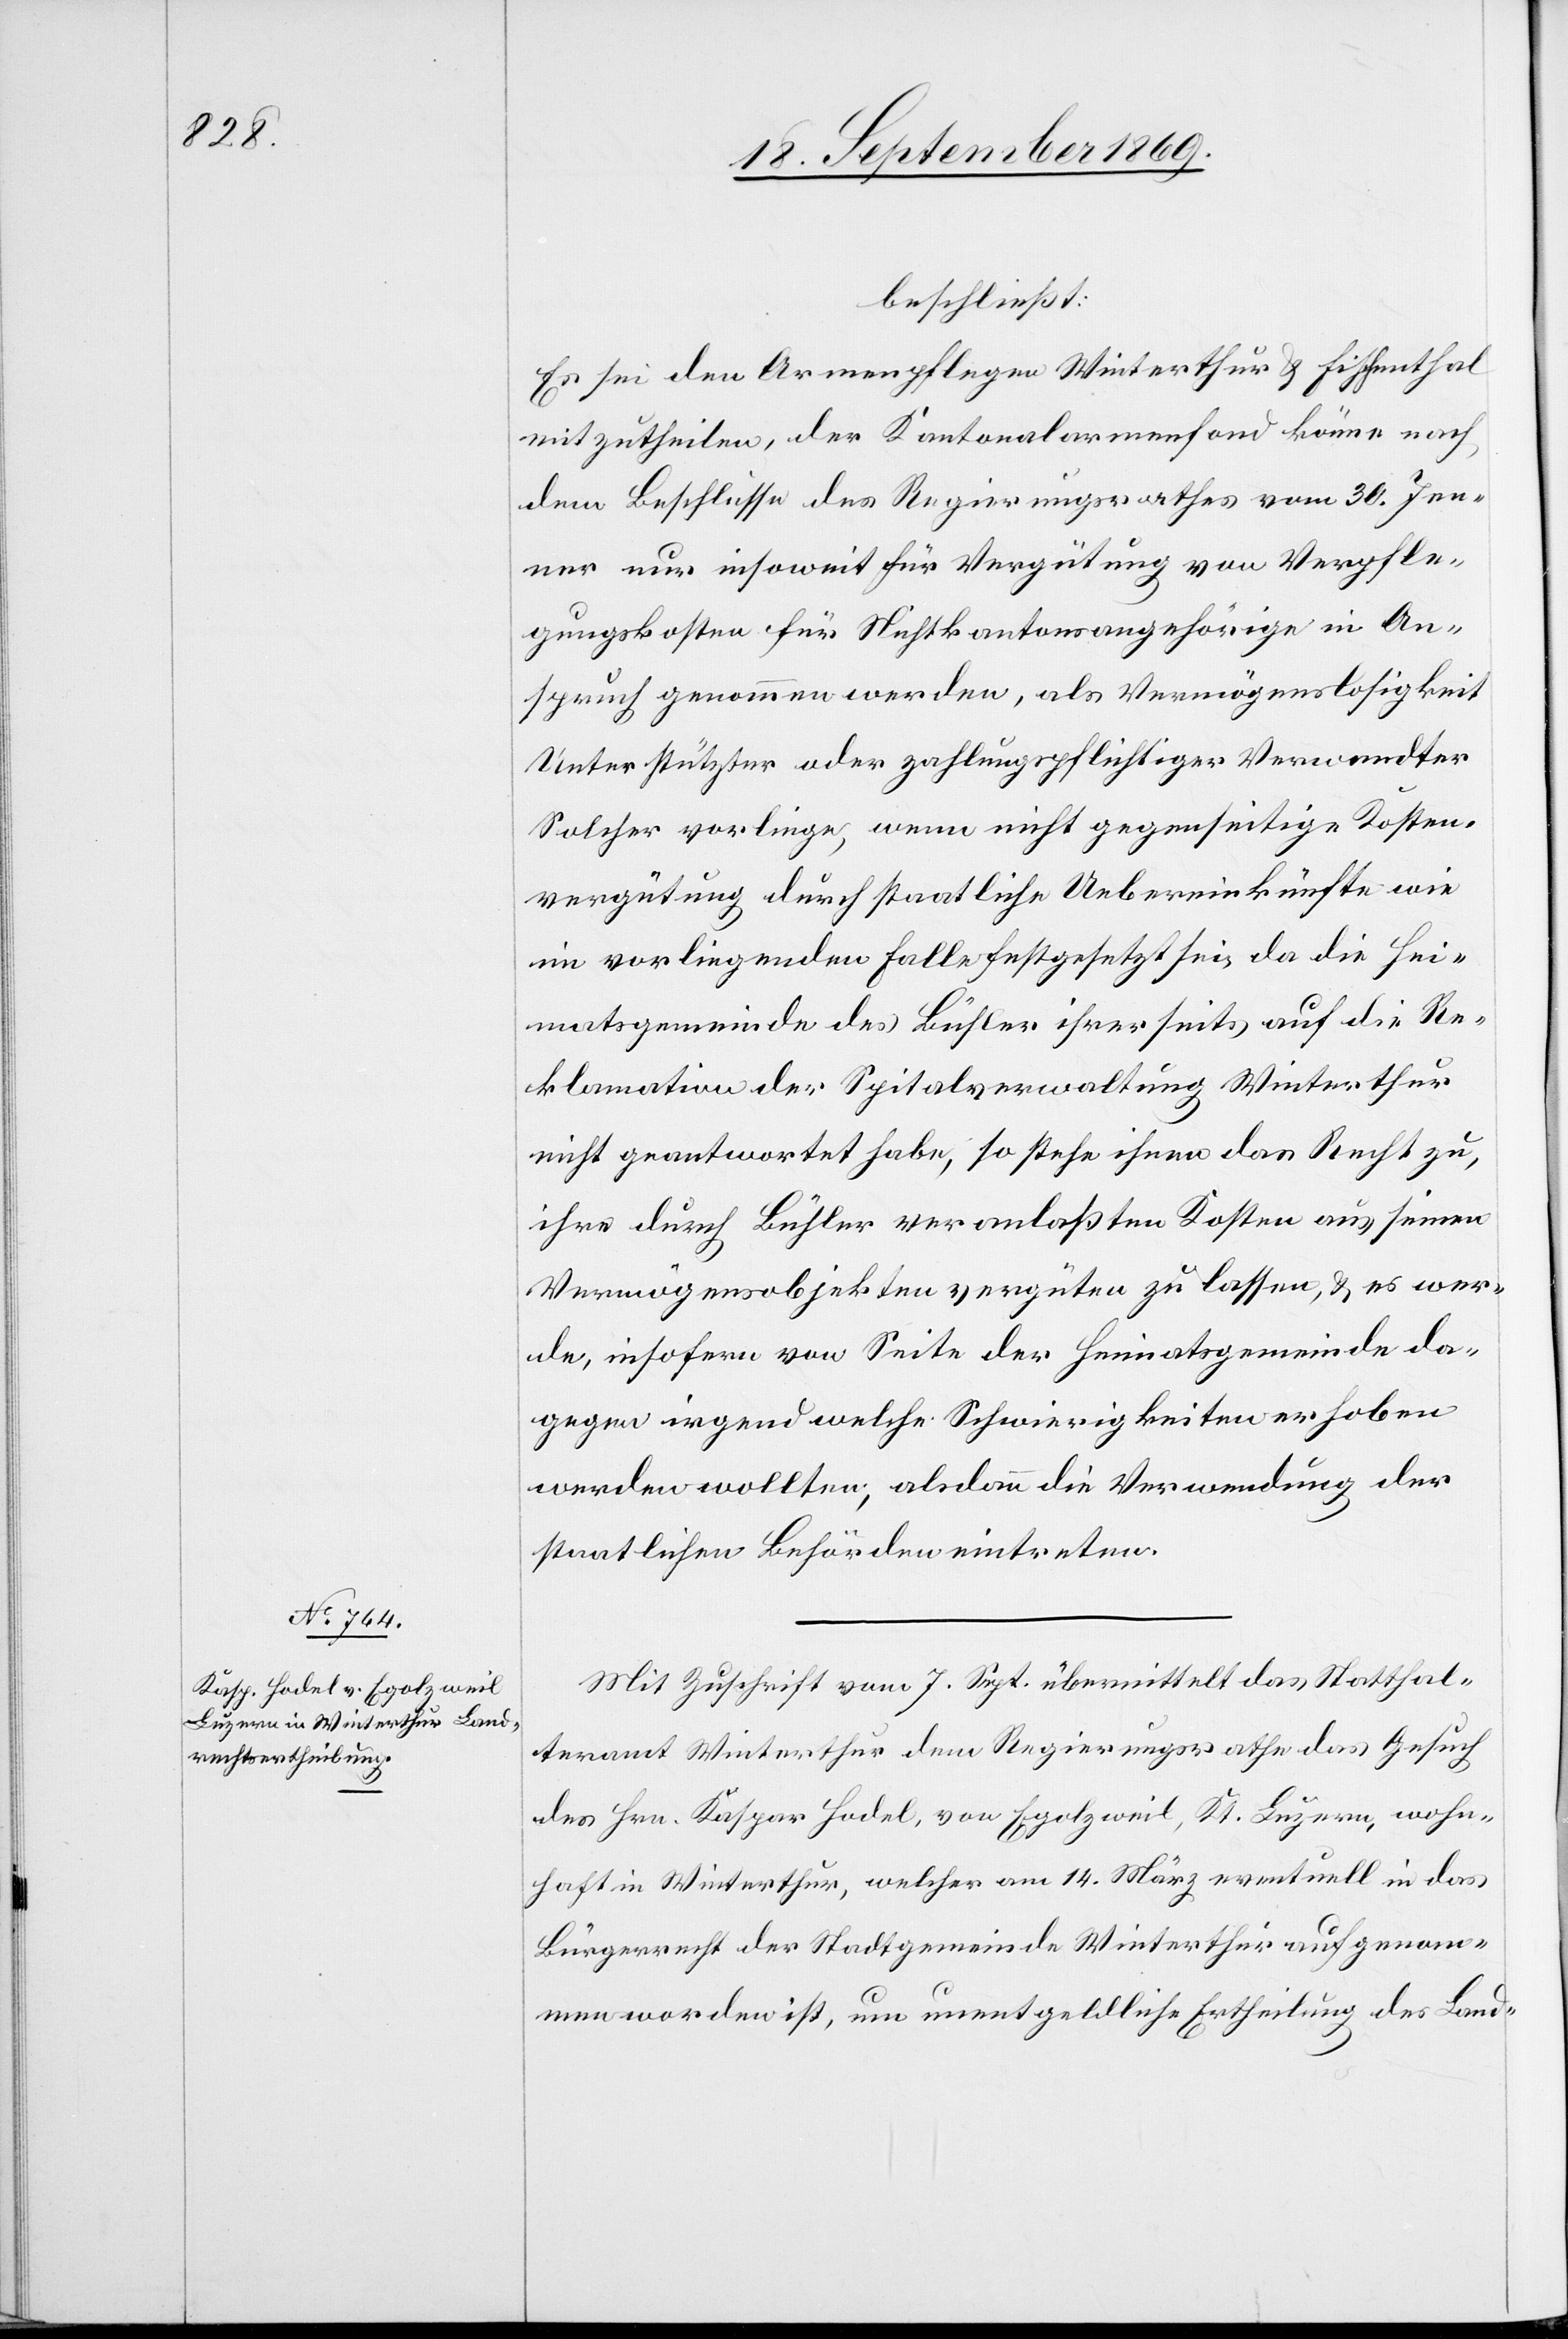
beschließt:
Es sei den Armenpflegen Winterthur & Fischenthal
mitzutheilen, der Kantonalarmenfond könne nach
dem Beschlusse des Regierungsrathes vom 30. Jen¬
ner nur insoweit für Vergütung von Verpfle¬
gungskosten für Nichtkantonsangehörige in An¬
spruch genommen werden, als Vermögenslosigkeit
Unterstützter oder zahlungspflichtiger Verwandter
Solcher vorliege, wenn nicht gegenseitige Kosten¬
vergütung durch staatliche Uebereinkünfte wie
im vorliegenden Falle festgesetzt sei, da die Hei¬
matsgemeinde des Bühler ihrerseits auf die Re¬
klamation der Spitalverwaltung Winterthur
nicht geantwortet habe, so stehe ihnen das Recht zu,
ihre durch Bühler veranlaßten Kosten aus seinen
Vermögensobjekten vergüten zu lassen, & es wer¬
de, insofern von Seite der Heimatsgemeinde da¬
gegen irgendwelche Schwierigkeiten erhoben
werden wollten, alsdann die Verwendung der
staatlichen Behörden eintreten.
Mit Zuschrift vom 7. Sept. übermittelt das Statthal¬
teramt Winterthur dem Regierungsrathe das Gesuch
des Hrn. Kaspar Hodel, von Egolzweil, Kt. Luzern, wohn¬
haft in Winterthur, welcher am 14. März eventuell in das
Bürgerrecht der Stadtgemeinde Winterthur aufgenom¬
men worden ist, um unentgeldliche Ertheilung des Land-